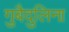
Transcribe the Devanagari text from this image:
गुबैदुलिना